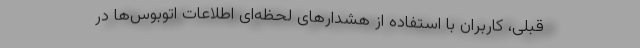
قبلی، کاربران با استفاده از هشدارهای لحظه‌ای اطلاعات اتوبوس‌ها در